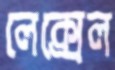
লেক্সেল